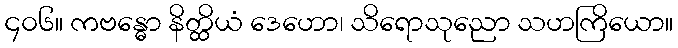
၄၀၆။ ကဗန္ဓော နိတ္ထိယံ ဒေဟော၊ သိရောသုညော သဟကြိယော။